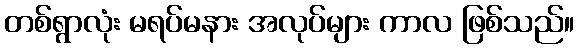
တစ်ရွာလုံး မရပ်မနား အလုပ်များ ကာလ ဖြစ်သည်။